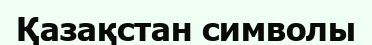
Қазақстан символы